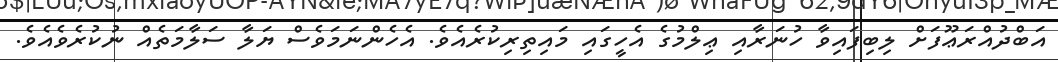
އަބްދުއްރަޢޫފަށް ލިބިފައިވާ ހުނަރާއި ޢިލްމުގެ އެހީގައި މައިތިރިކުރެއެވެ. އެހެންނަމަވެސް ޔަލާ ސަލާމަތެއް ނުކުރެވެއެވެ.